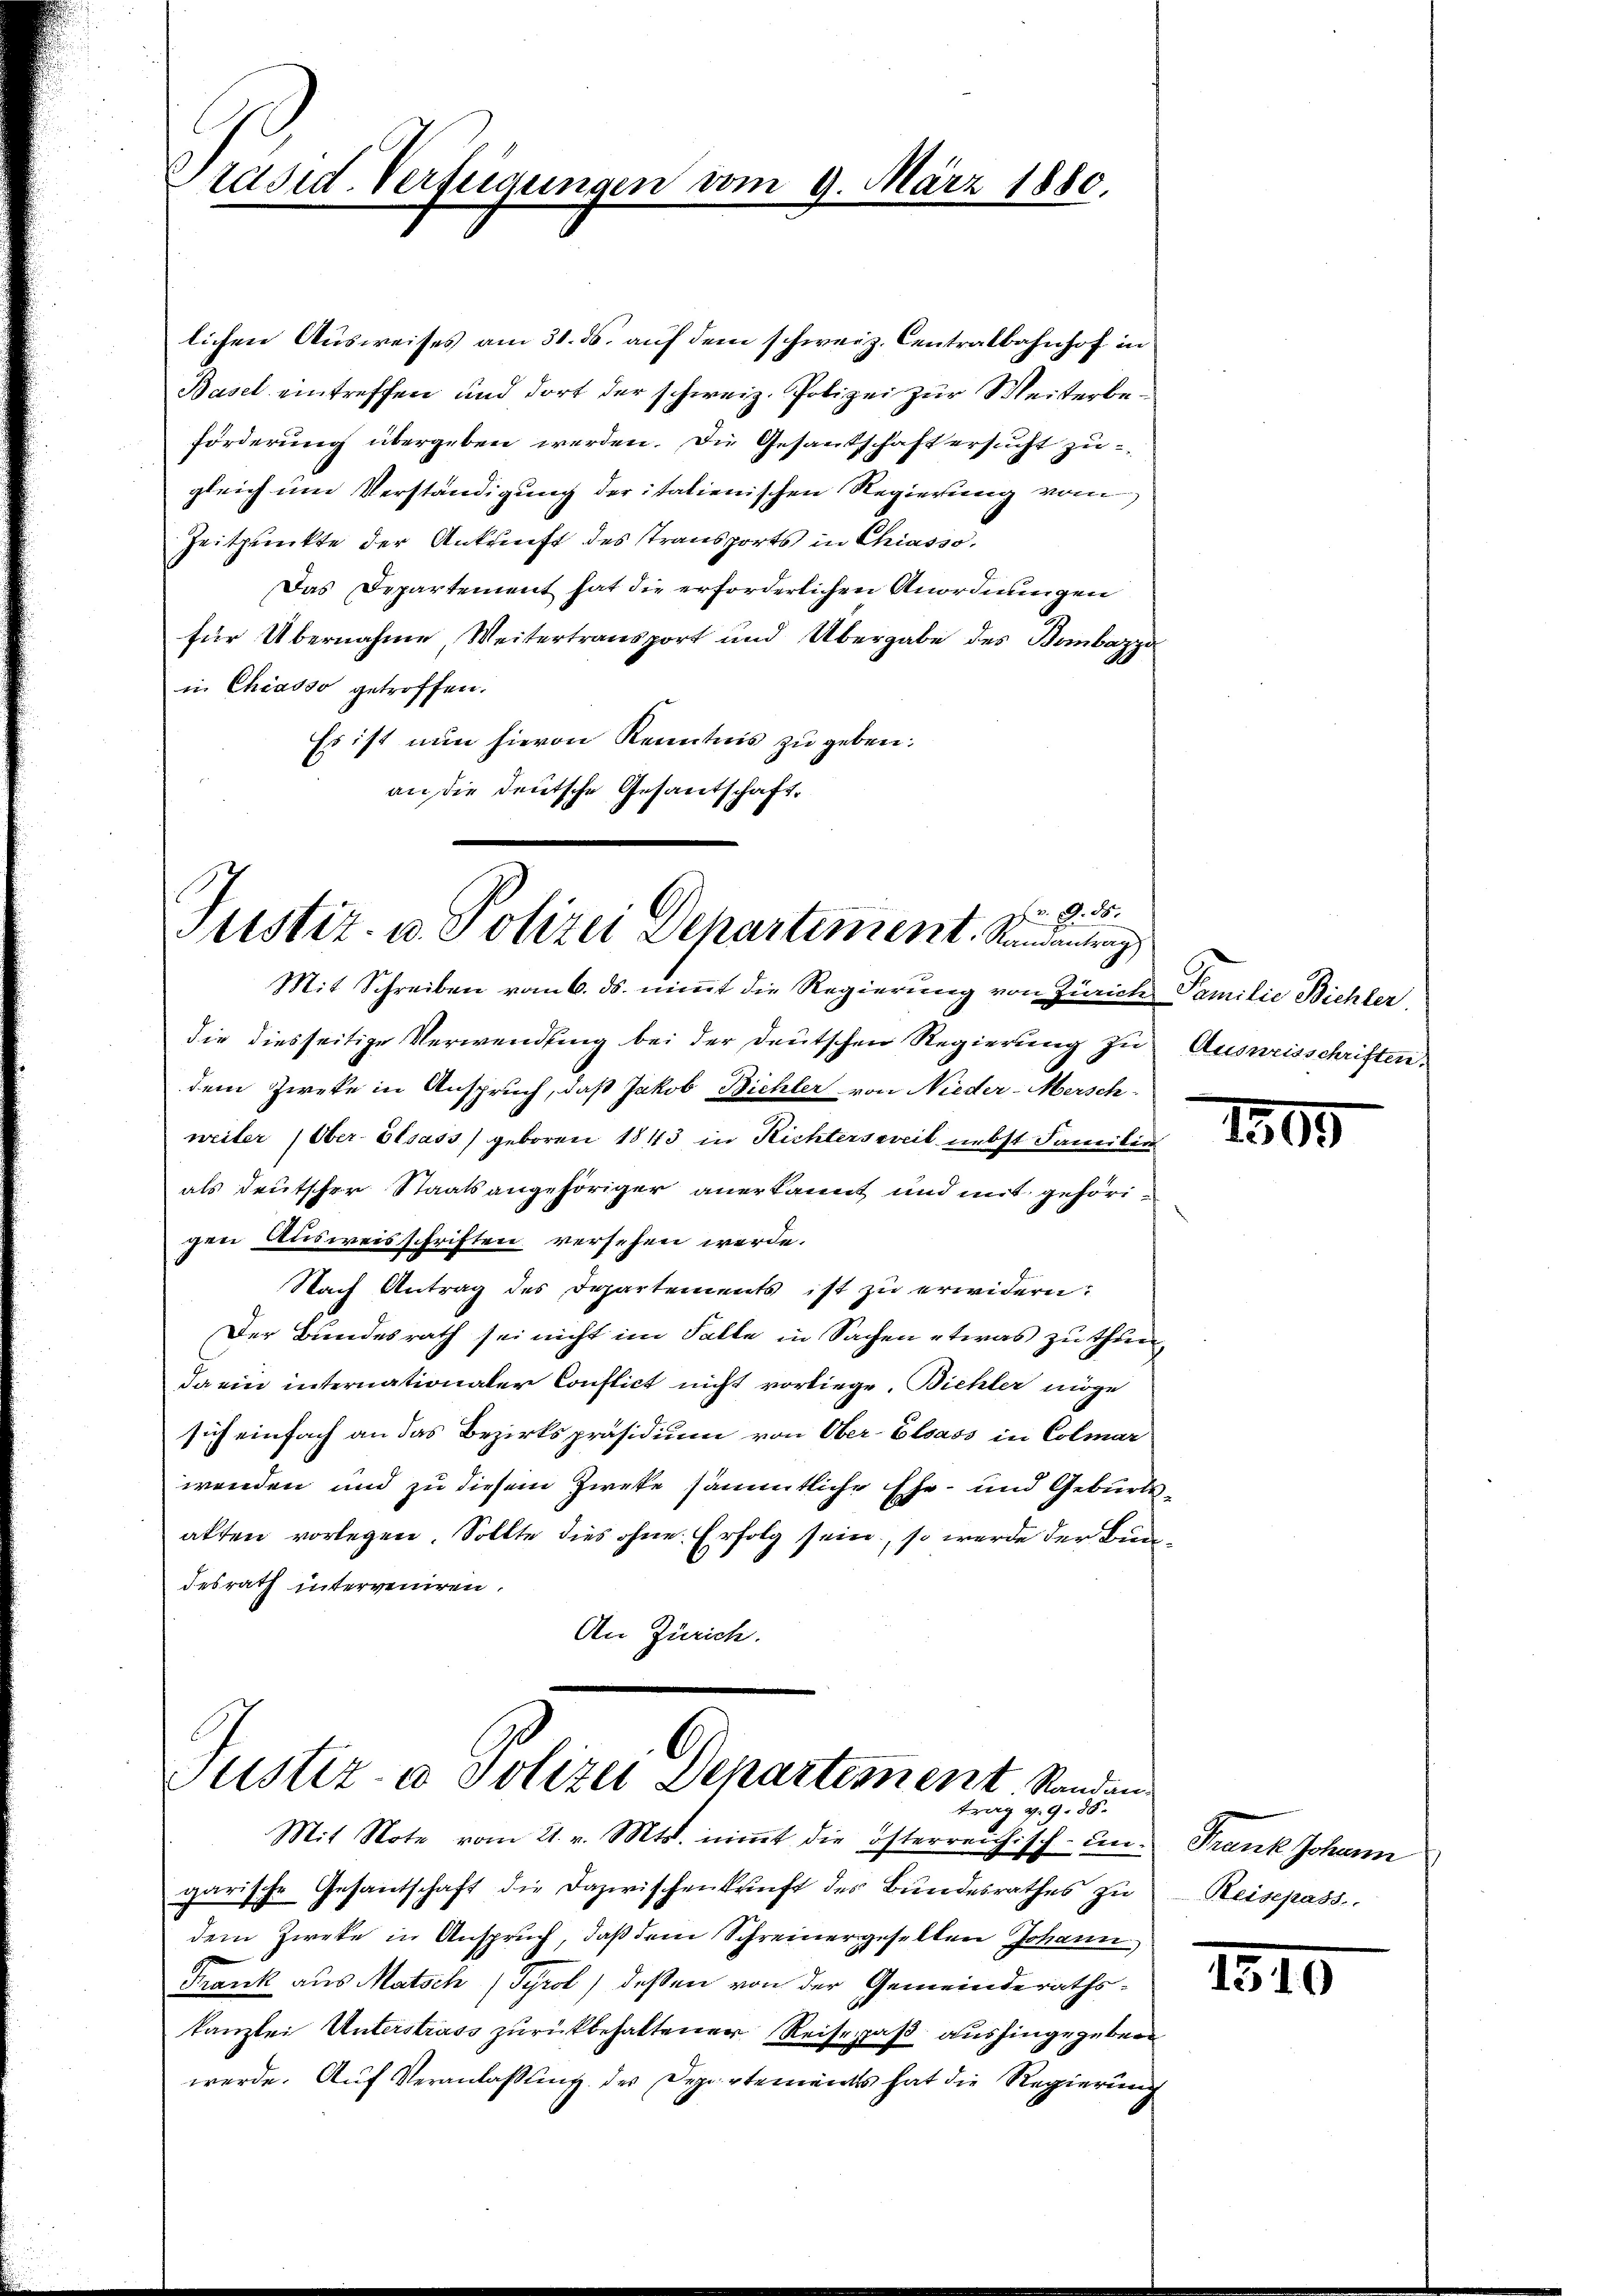
räsid. Verfeigungen vom 9. März 1880.

lichen Ausweises am 31. ds. auf dem schweiz. Centralbahnhof in
Basel eintreffen und dort der schweiz. Polizei zur Weiterbeförderung übergeben werden. Die Gesandschaft ersucht zu
gleich um Verständigung der italienischen Regierung vom
Zeitpunkte der Ankunft des Transports in Chiasso¬
Das Departement hat die erforderlichen Anordnungen
für Übernahme, Weitertransport und Übergabe des Bombazza
in Chiasso getroffen.
Es ist nun hievon Kenntnis zu geben.
an die deutsche Gesantschaft¬

H S. 85.
Justiz- u. Polizei Departiment. Randantrag

Mit Schreiben vom 6. ds. nimmt die Regierung von Zürich Familie Biehler,
die diesseitige Verwendung bei der deutschen Regierung zu Ausweisschriften,
dem Zweke in Anspruch, daß Jakob Bichler von Nieder-Mersch
weiter (Ober-Elsass) geboren 1843 in Richterszeit nebst Familie
als deutscher Staatsangehöriger anerkannt und mit gehörigen Ausweisschriften versehen werde.
Nach Antrag des Departements ist zu erwidern?
Der Bundesrath sei nicht im Falle in Sachen etwas zu thun
Da ein internationaler Conflict nicht vorliege. Bichler möge
sich einfach an das Bezirkspräsidium von Ober-Elsass in Colmar
wenden und zu diesem Zweke sämmtliche Ehe- und Geburtsakten vorlegen. Sollte dies ohne Erfolg sein, so werde der Bundesrath interveniren.
An Zürich.

Justiz- & Polizei Departement. Standen
trag v. 9. ds.
Mit Note vom 21. v. Mts. nimmt die österreichisch-un¬

garische Gesantschaft die Dazwischenkunft des Bundesrathes zu
dem Zweke in Anspruch, daß dem Schreinergesellen Johann
Frank aus Matsch (Tyrol, deßen von der Gemeinderathskanzlei Unterstrass zurückbehaltener Reisepaß aushingegeben
werde. Auf Veranlaßung des Departements hat die Regierung

1505

Frank Johann
Reisepass.

1310